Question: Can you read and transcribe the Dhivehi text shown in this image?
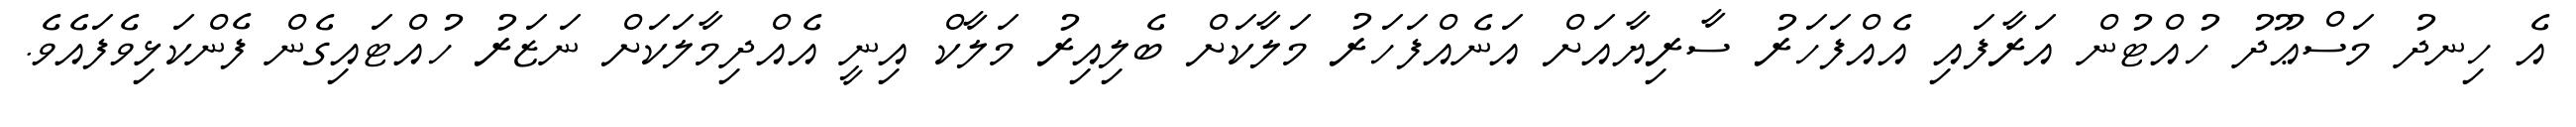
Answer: އެ ހިނދު މަސްޢޫދު ހުއްޓުން އަރާފައި އެއްފަހަރު ސާރިޔާއަށް އަނެއްފަހަރު މަލާކަށް ބެލިއިރު މަލާކް އިނީ އެއްދިމާލަކަށް ނަޒަރު ހުއްޓައިގެން ފެންކަޅިވެފައެވެ.